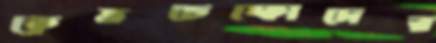
ক্রেভচেঙ্কোদের